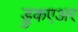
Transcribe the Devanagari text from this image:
ड्रुकएअर